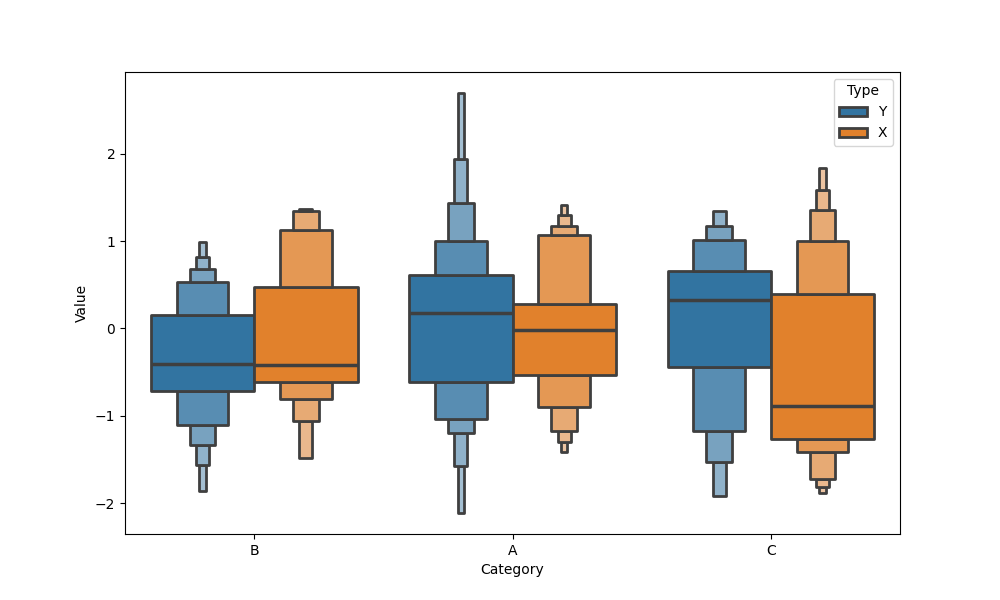
python, seaborn, boxenplot, k_depth='full', linewidth=2, scale='exponential', outlier_prop=0.2, showfliers=True